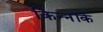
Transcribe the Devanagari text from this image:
किन्नॉर्क